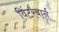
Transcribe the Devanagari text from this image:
विंटरबार्न